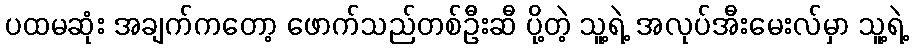
ပထမဆုံး အချက်ကတော့ ဖောက်သည်တစ်ဦးဆီ ပို့တဲ့ သူ့ရဲ့ အလုပ်အီးမေးလ်မှာ သူ့ရဲ့